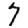
Digit: 7